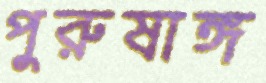
পুরুষাঙ্গ